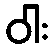
ဝါး